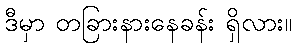
ဒီမှာ တခြားနားနေခန်း ရှိလား။